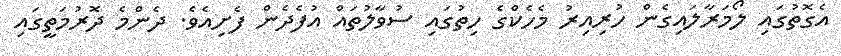
އެގޮތުގައި ލޯމަރާލައިގެން ހުރިއިރު މެހެކްގެ ހިތުގައި ސުވާލުތައް އުފެދެން ފެށިއެވެ. ދެންމެ ދޮރުމަތީގައި